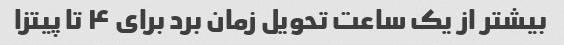
بیشتر از یک ساعت تحویل زمان برد برای ۴ تا پیتزا